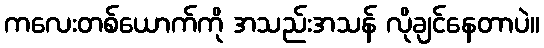
ကလေးတစ်ယောက်ကို အသည်းအသန် လိုချင်နေတာပဲ။